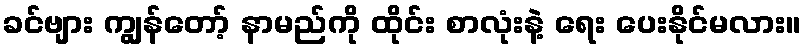
ခင်ဗျား ကျွန်တော့် နာမည်ကို ထိုင်း စာလုံးနဲ့ ရေး ပေးနိုင်မလား။